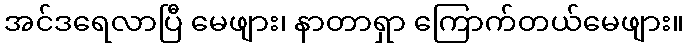
အင်ဒရေလာပြီ မေဖျား၊ နာတာရှာ ကြောက်တယ်မေဖျား။